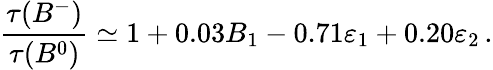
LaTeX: {\frac{\tau(B^{-})}{\tau(B^{0})}}\simeq 1+0.03B_{1}-0.71\varepsilon_{1}+0.20\varepsilon_{2}\, .